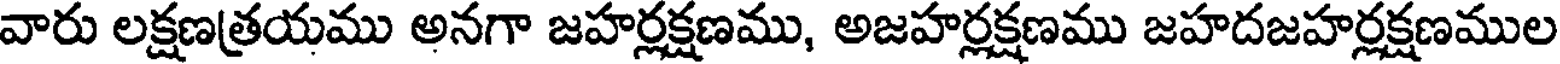
వారు లక్షణత్రయము అనగా జహర్లక్షణము, అజహర్లక్షణము జహదజహర్లక్షణముల